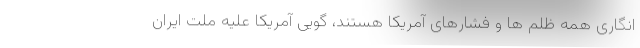
انگاری همه ظلم ها و فشارهای آمریکا هستند، گویی آمریکا علیه ملت ایران